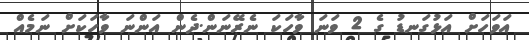
އަވަހަށް އަޅުގަނޑު ގެ 2 ވަނަ ވާހަކަ ނެރޭނަން.ދެން އަންނަ ވާހަކަށް ނަމެއް